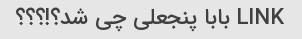
LINK بابا پنجعلی چی شد؟!؟؟؟